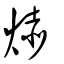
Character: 焃